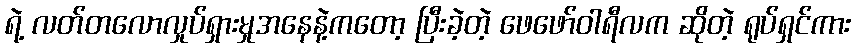
ရဲ့ လတ်တလောလှုပ်ရှားမှုအနေနဲ့ကတော့ ပြီးခဲ့တဲ့ ဖေဖော်ဝါရီလက ဆိုတဲ့ ရုပ်ရှင်ကား